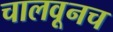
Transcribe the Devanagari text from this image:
चालवूनच